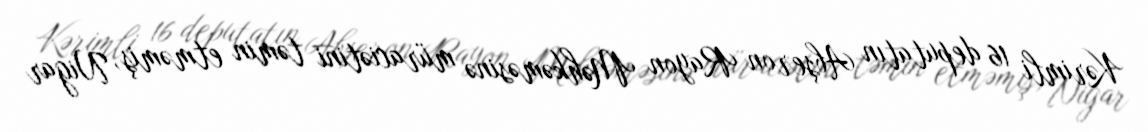
Kərimli 16 deputatın Abşeron Rayon Məhkəməsinə müraciətini təmin etməmiş, Nigar